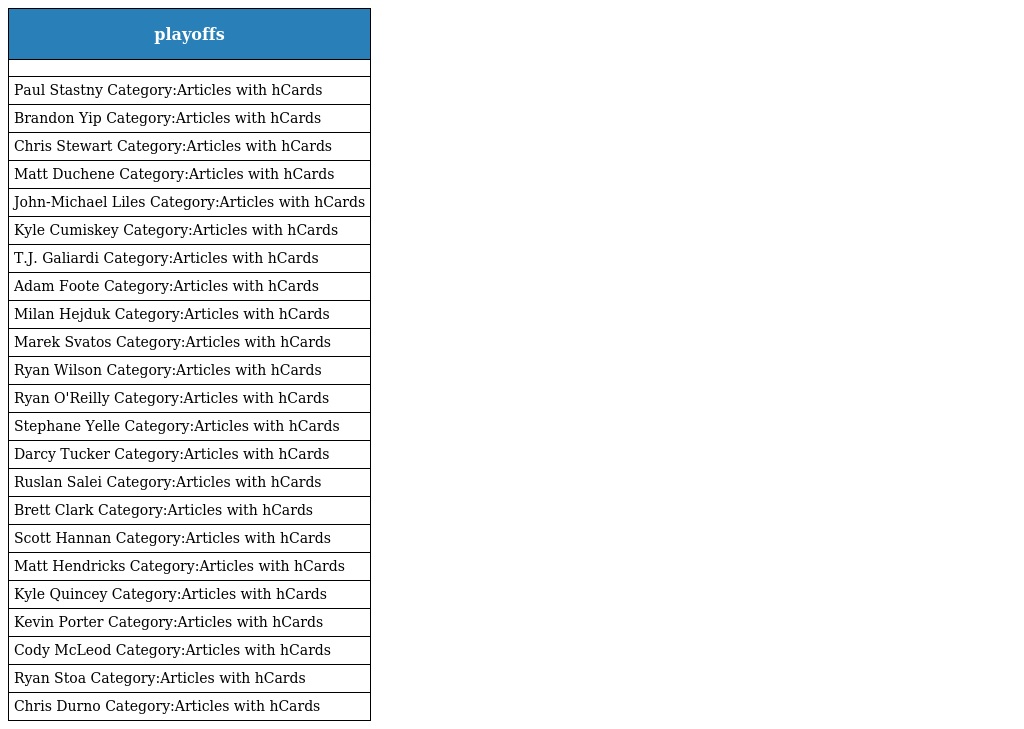
| playoffs |
 | --- |
 |  |
 | Paul Stastny Category:Articles with hCards |
 | Brandon Yip Category:Articles with hCards |
 | Chris Stewart Category:Articles with hCards |
 | Matt Duchene Category:Articles with hCards |
 | John-Michael Liles Category:Articles with hCards |
 | Kyle Cumiskey Category:Articles with hCards |
 | T.J. Galiardi Category:Articles with hCards |
 | Adam Foote Category:Articles with hCards |
 | Milan Hejduk Category:Articles with hCards |
 | Marek Svatos Category:Articles with hCards |
 | Ryan Wilson Category:Articles with hCards |
 | Ryan O'Reilly Category:Articles with hCards |
 | Stephane Yelle Category:Articles with hCards |
 | Darcy Tucker Category:Articles with hCards |
 | Ruslan Salei Category:Articles with hCards |
 | Brett Clark Category:Articles with hCards |
 | Scott Hannan Category:Articles with hCards |
 | Matt Hendricks Category:Articles with hCards |
 | Kyle Quincey Category:Articles with hCards |
 | Kevin Porter Category:Articles with hCards |
 | Cody McLeod Category:Articles with hCards |
 | Ryan Stoa Category:Articles with hCards |
 | Chris Durno Category:Articles with hCards |